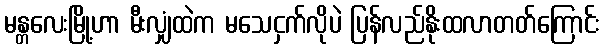
မန္တလေးမြို့ဟာ မီးလျှံထဲက မသေငှက်လိုပဲ ပြန်လည်နိုးထလာတတ်ကြောင်း